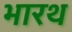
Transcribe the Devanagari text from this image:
भारथ